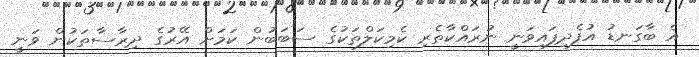
އެ ބާގަނޑު އުފެދިފައިވަނީ ނުރައްކާތެރި ކެމިކަލްތަކުގެ ސަބަބުން ކަމަށް އޭރުގެ ދިރާސާތަކުން ވަނީ